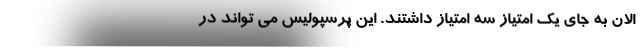
الان به جای یک امتیاز سه امتیاز داشتند. این پرسپولیس می ‌تواند در